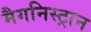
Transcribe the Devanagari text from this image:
मैगनिस्ट्रान